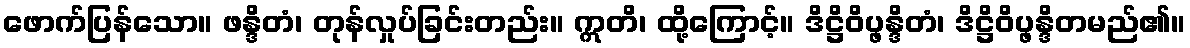
ဖောက်ပြန်သော။ ဖန္ဒိတံ၊ တုန်လှုပ်ခြင်းတည်း။ ဣတိ၊ ထို့ကြောင့်။ ဒိဋ္ဌိဝိပ္ဖန္ဒိတံ၊ ဒိဋ္ဌိဝိပ္ဖန္ဒိတမည်၏။